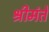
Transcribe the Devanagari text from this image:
श्रीमंतें